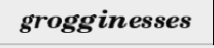
grogginesses